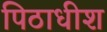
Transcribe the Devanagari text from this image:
पिठाधीश